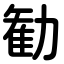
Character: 勧